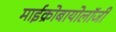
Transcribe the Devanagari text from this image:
माईक्रोबायोलॉजी